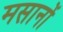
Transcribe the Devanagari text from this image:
मसानों